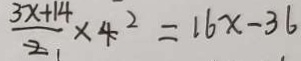
\frac { 3 x + 1 4 } { 2 } \times 4 ^ { 2 } = 1 6 x - 3 6